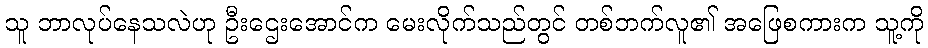
သူ ဘာလုပ်နေသလဲဟု ဦးဌေးအောင်က မေးလိုက်သည်တွင် တစ်ဘက်လူ၏ အဖြေစကားက သူ့ကို